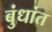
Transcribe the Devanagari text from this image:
बुंधांत